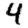
Digit: 4